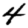
Digit: 4